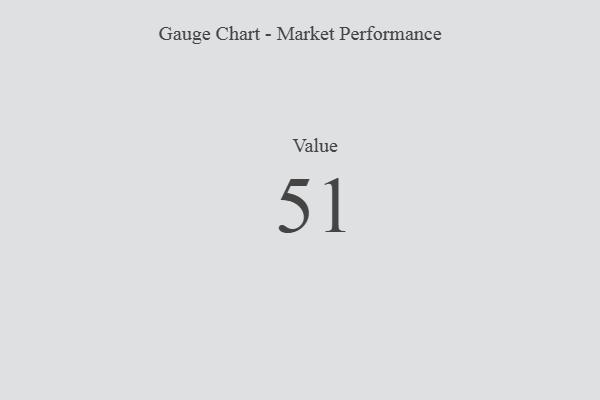
{"axis": {"x": "Metric", "y": "Value"}, "legend": [""], "data": [{"x": "Value", "y": 51, "type": ""}]}